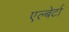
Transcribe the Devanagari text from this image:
एल्बेर्टा